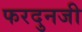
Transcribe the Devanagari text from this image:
फरदुनजी